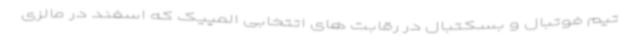
تیم فوتبال و بسکتبال در رقابت های اتتخابی المپیک که اسفند در مالزی